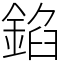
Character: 錎